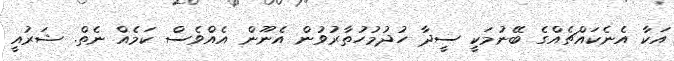
އަކާ އެނެކައްޗެއްގެ ބޭނުމަކީ ސީދާ ހުދުމުހުތާރުވުން އެނޫން އެއްވެސް ކަމެއް ނެތް. ޝަރުއީ